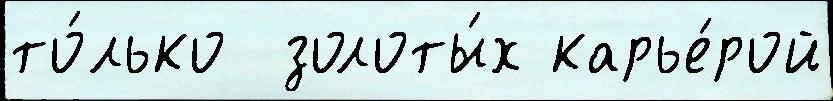
то́лько  золоты́х карье́рой